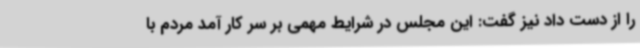
را از دست داد نیز گفت: این مجلس در شرایط مهمی بر سر کار آمد مردم با